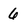
Character: 6